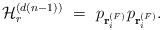
LaTeX: \begin{align*} {\cal H}_r^{(d(n-1))}\ =\ p_{{\bf r}_i^{(F)}} p_{{\bf r}_i^{(F)}}.\end{align*}